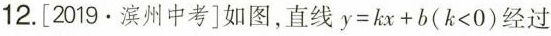
12.[2019.滨州中考]如图，直线$$y = k x + b ( k < 0 )$$经过